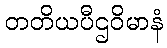
တတိယပီဌဝိမာနံ